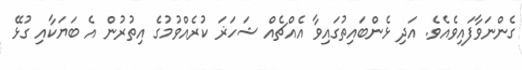
ގެންނަވާފައިވެއެވެ. އަދި ޅެންބައިތުގައިވާ އެއްޗެއް ޝަހަޜަ ކުރެއްވުމުގެ އިތުރުން އެ ބަޔަކާއި ގުޅޭ